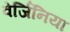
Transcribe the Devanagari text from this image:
वेर्जिनिया